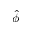
\hat { \phi }